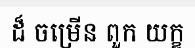
ដ៏ ចម្រើន ពួក យក្ខ